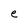
Character: e